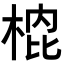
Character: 𭪣